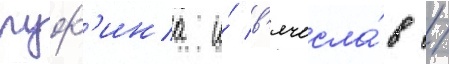
руф'ина и́ в'ячесла́в /